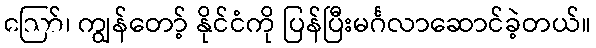
ဪ၊ ကျွန်တော့် နိုင်ငံကို ပြန်ပြီးမင်္ဂလာဆောင်ခဲ့တယ်။